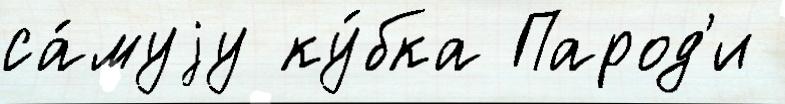
са́муjу ку́бка Парод'и